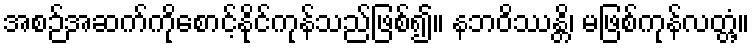
အစဉ်အဆက်ကိုစောင့်နိုင်ကုန်သည်ဖြစ်၍။ နဘဝိဿန္တိ၊ မဖြစ်ကုန်လတ္တံ့။